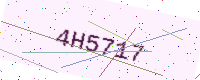
Text: 4H5717